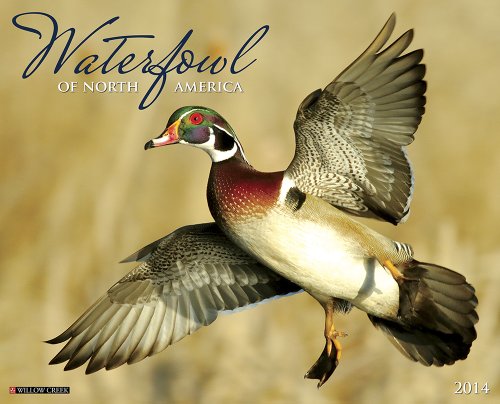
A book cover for Waterfowl 2014 Wall Calendar; Willow Creek Press; Calendars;